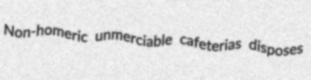
Non-homeric unmerciable cafeterias disposes